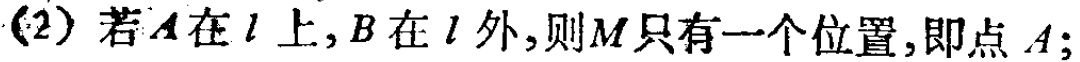
(2) 若\(A\)在\(l\)上，\(B\)在\(l\)外，则\(M\)只有一个位置，即点 \(A\)；